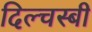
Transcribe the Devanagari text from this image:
दिल्चस्बी